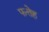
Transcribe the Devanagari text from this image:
फत्तेह